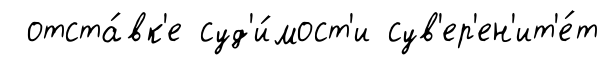
отста́вк'е суд'и́мост'и сув'ер'ен'ит'е́т